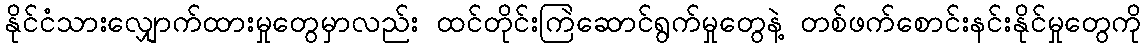
နိုင်ငံသားလျှောက်ထားမှုတွေမှာလည်း ထင်တိုင်းကြဲဆောင်ရွက်မှုတွေနဲ့ တစ်ဖက်စောင်းနင်းနိုင်မှုတွေကို